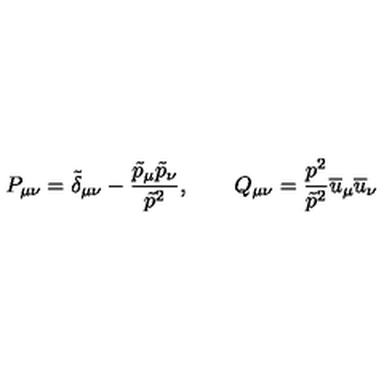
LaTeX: P _ { \mu \nu } = \tilde { \delta } _ { \mu \nu } - \frac { \tilde { p } _ { \mu } \tilde { p } _ { \nu } } { \tilde { p } ^ { 2 } } , \qquad Q _ { \mu \nu } = \frac { p ^ { 2 } } { \tilde { p } ^ { 2 } } \overline { { u } } _ { \mu } \overline { { u } } _ { \nu }